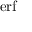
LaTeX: \operatorname { e r f }